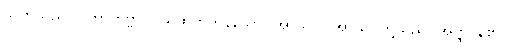
သတိသည်။ ပဟာတဗ္ဗာ၊ ပယ်ထိုက်ကုန်သော။ အာသဝါ၊ အာသဝတို့သည်။ အတ္ထိ၊ န်၏။